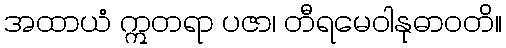
အထာယံ ဣတရာ ပဇာ၊ တီရမေဝါနုဓာဝတိ။